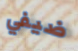
ضيفي